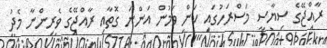
ރާއްޖޭގެ ސިޔާސީ މަސްރަހުގައި ކަން ވަމުން އަންނަ ގޮތާއި ރާއްޖޭގެ ވެރިންނާ މެދު